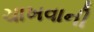
ચાખવાની